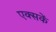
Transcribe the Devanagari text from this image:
एक्सकें